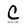
Character: C